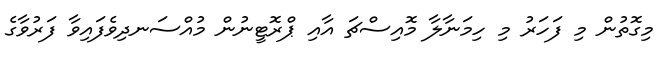
މިގޮތުން މި ފަހަރު މި ހިމަނާލާ މޮއިސްޗަ އާއި ޕްރޮޓީނުން މުއްސަނދިވެފައިވާ ފަރުވާގެ